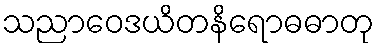
သညာဝေဒယိတနိရောဓဓာတု